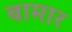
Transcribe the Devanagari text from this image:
बामार